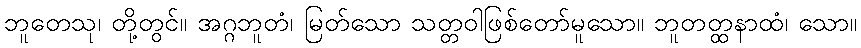
ဘူတေသု၊ တို့တွင်။ အဂ္ဂဘူတံ၊ မြတ်သော သတ္တဝါဖြစ်တော်မူသော။ ဘူတတ္ထနာထံ၊ သော။